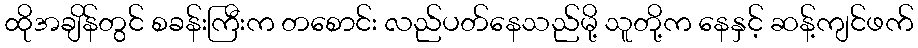
ထိုအချိန်တွင် စခန်းကြီးက တစောင်း လည်ပတ်နေသည်မို့ သူတို့က နေနှင့် ဆန့်ကျင်ဖက်